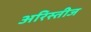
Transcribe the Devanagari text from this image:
अरिस्तीज